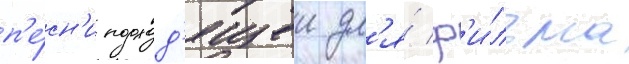
п'е́сн'и подход'ящеи дл'я́ ф'и́льма